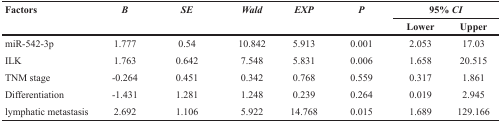
| <ROWSPAN=2> Factors | <ROWSPAN=2> B | <ROWSPAN=2> SE | <ROWSPAN=2> Wald | <ROWSPAN=2> EXP | <ROWSPAN=2> P | <COLSPAN=2> 95% CI |
 | Lower | Upper |
 | --- | --- | --- | --- | --- | --- | --- | --- |
 | miR-542-3p | 1.777 | 0.54 | 10.842 | 5.913 | 0.001 | 2.053 | 17.03 |
 | ILK | 1.763 | 0.642 | 7.548 | 5.831 | 0.006 | 1.658 | 20.515 |
 | TNM stage | -0.264 | 0.451 | 0.342 | 0.768 | 0.559 | 0.317 | 1.861 |
 | Differentiation | -1.431 | 1.281 | 1.248 | 0.239 | 0.264 | 0.019 | 2.945 |
 | lymphatic metastasis | 2.692 | 1.106 | 5.922 | 14.768 | 0.015 | 1.689 | 129.166 |